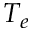
T _ { e }